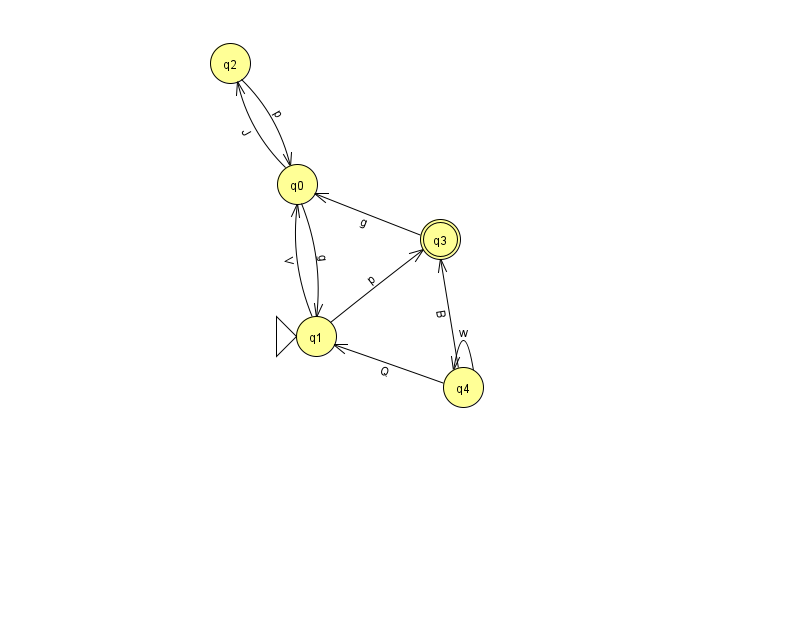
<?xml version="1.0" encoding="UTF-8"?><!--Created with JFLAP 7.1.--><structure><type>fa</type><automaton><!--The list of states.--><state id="0" name="q0"><x>297.0</x><y>171.0</y></state><state id="1" name="q1"><x>316.0</x><y>323.0</y><initial/></state><state id="2" name="q2"><x>230.0</x><y>50.0</y></state><state id="3" name="q3"><x>440.0</x><y>226.0</y><final/></state><state id="4" name="q4"><x>463.0</x><y>374.0</y></state><!--The list of transitions.--><transition><from>4</from><to>3</to><read>B</read></transition><transition><from>0</from><to>2</to><read>J</read></transition><transition><from>1</from><to>0</to><read>V</read></transition><transition><from>0</from><to>1</to><read>g</read></transition><transition><from>4</from><to>4</to><read>w</read></transition><transition><from>4</from><to>1</to><read>Q</read></transition><transition><from>1</from><to>3</to><read>p</read></transition><transition><from>2</from><to>0</to><read>p</read></transition><transition><from>3</from><to>0</to><read>g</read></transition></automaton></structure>